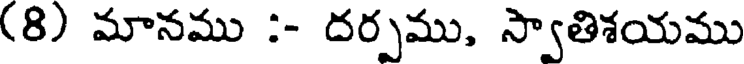
(8) మానము :- దర్పము, స్వాతిశయము